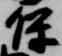
保